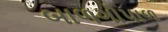
બાળગોપાળ